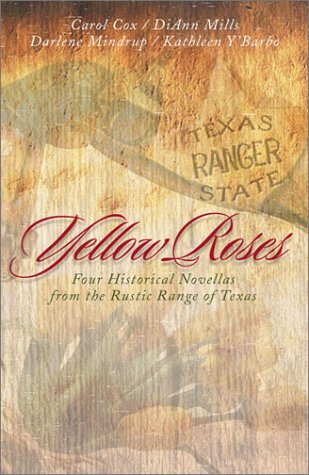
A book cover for Yellow Roses: Serena's Strength/A Woman's Place/The Reluctant Fugitive/Saving Grace (Inspirational Romance Collection); DiAnn Mills; Religion & Spirituality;